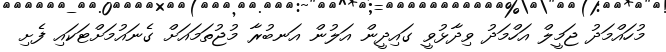
މުހައްމަދު ޖަމީލް އަހްމަދު ވިދާޅުވީ ގައިދީން އަލުން އަނބުރާ މުޖުތަމައަށް ގެނައުމަށްޓަކައި ފެށި